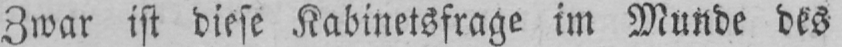
Zwar ist diese Kabinetsfrage im Munde des